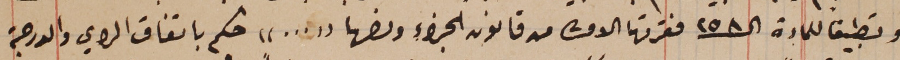
وتطبيقاُ للمادة الـ ٢٥٨ فقرتها الاولى من قانون الجزاء ونصها "..." حكم باتفاق الراي والدرجة